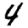
Digit: 4